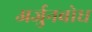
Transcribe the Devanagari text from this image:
अर्जुनबोध